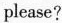
please?